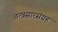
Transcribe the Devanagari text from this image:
तन्त्रसारसंग्रह